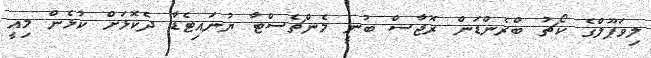
ލިވަޕޫލްގެ ކޯޗު ބްރެންޑަން ރޮޖާސް ބުނީ މެންޗެސްޓާ ޔުނައިޓެޑާ ދެކޮޅަށް ކުޅެން މިއީ